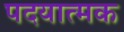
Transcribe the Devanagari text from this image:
पदयात्मक